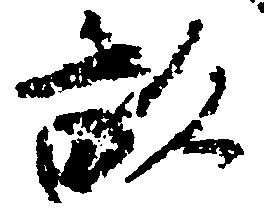
畝